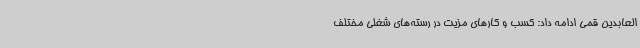
العابدین قمی ادامه داد: کسب‌ و کارهای مزیت در رسته‌های شغلی مختلف